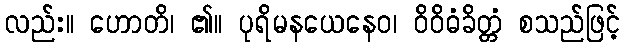
လည်း။ ဟောတိ၊ ၏။ ပုရိမနယေနေဝ၊ ဝိဝိဓံခိတ္တံ စသည်ဖြင့်